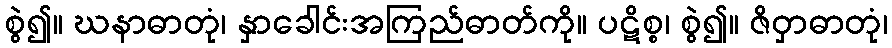
စွဲ၍။ ဃနာဓာတုံ၊ နှာခေါင်းအကြည်ဓာတ်ကို။ ပဋိစ္စ၊ စွဲ၍။ ဇိဝှာဓာတုံ၊